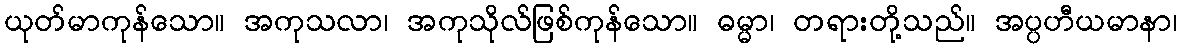
ယုတ်မာကုန်သော။ အကုသလာ၊ အကုသိုလ်ဖြစ်ကုန်သော။ ဓမ္မာ၊ တရားတို့သည်။ အပ္ပဟီယမာနာ၊